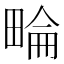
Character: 𤲕